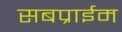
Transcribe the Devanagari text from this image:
सबप्राईम